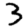
Digit: 3